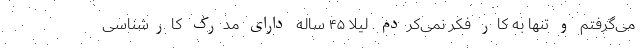
می‌گرفتم و تنها به کار فکر نمی‌کردم. لیلا ۴۵ ساله دارای مدرک کارشناسی